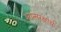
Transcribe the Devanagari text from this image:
आत्मरक्षार्थ